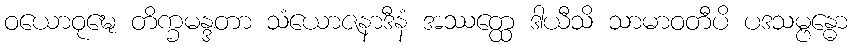
ဝယောဝုဍ္ဎေ တိက္ခမန္ဒတာ သံယောဇနာဒီနံ အဿတ္ထေ ဒါယီသိ သာမာဝတီပိ ပဒသမ္ဗန္ဓော